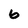
Character: 6